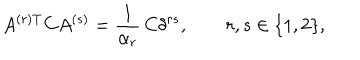
A ^ { ( r ) \mathrm { T } } C A ^ { ( s ) } = \frac { 1 } { \alpha _ { r } } \, C \delta ^ { r s } , \qquad r , s \in \{ 1 , 2 \} ,